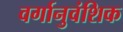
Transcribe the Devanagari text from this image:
वर्गानुवंशिक